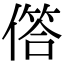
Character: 𠍹